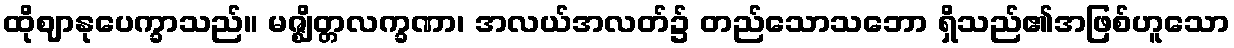
ထိုဈာနုပေက္ခာသည်။ မဇ္ဈိတ္တလက္ခဏာ၊ အလယ်အလတ်၌ တည်သောသဘော ရှိသည်၏အဖြစ်ဟူသော